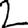
Digit: 2